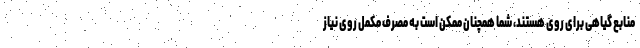
منابع گیاهی برای روی هستند، شما همچنان ممکن است به مصرف مکمل روی نیاز